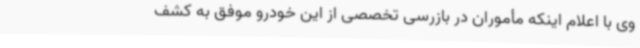
وی با اعلام اینکه مأموران در بازرسی تخصصی از این خودرو موفق به کشف